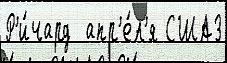
Р'и́чард  апр'е́л'я США3